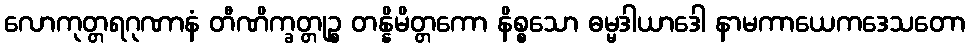
လောကုတ္တရဂုဏာနံ တီဏိက္ခတ္တုဉ္စ တန္နိမိတ္တကော နိစ္စသော ဓမ္မဒါယာဒေါ နာမကာယေကဒေသတော